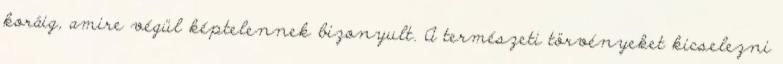
koráig, amire végül képtelennek bizonyult. A természeti törvényeket kicselezni